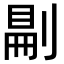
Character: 𠞋